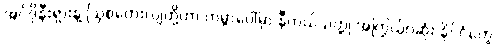
အင်ဒိုနီးရှားနဲ့ ဩစတေးလျတို့ဟာ ကမ္ဘာပေါ်မှာ နီကယ်သတ္တု အကြွယ်ဝဆုံး နိုင်ငံတွေ